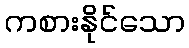
ကစားနိုင်သော